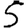
Digit: 5